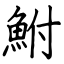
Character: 鮒